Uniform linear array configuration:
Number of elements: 64
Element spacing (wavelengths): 0.25
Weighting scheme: kaiser
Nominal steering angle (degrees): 30
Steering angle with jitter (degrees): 29.571
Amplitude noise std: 0.05
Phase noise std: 0.05

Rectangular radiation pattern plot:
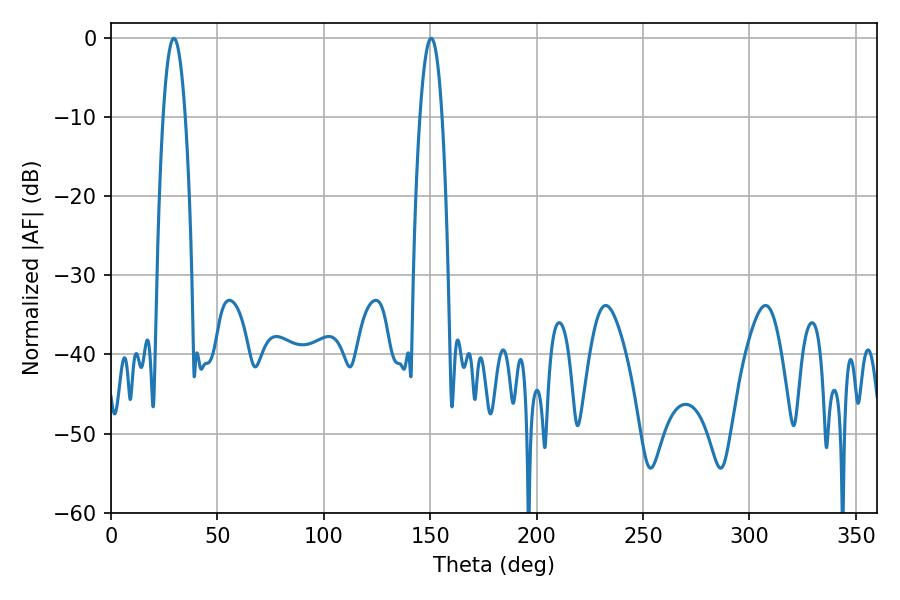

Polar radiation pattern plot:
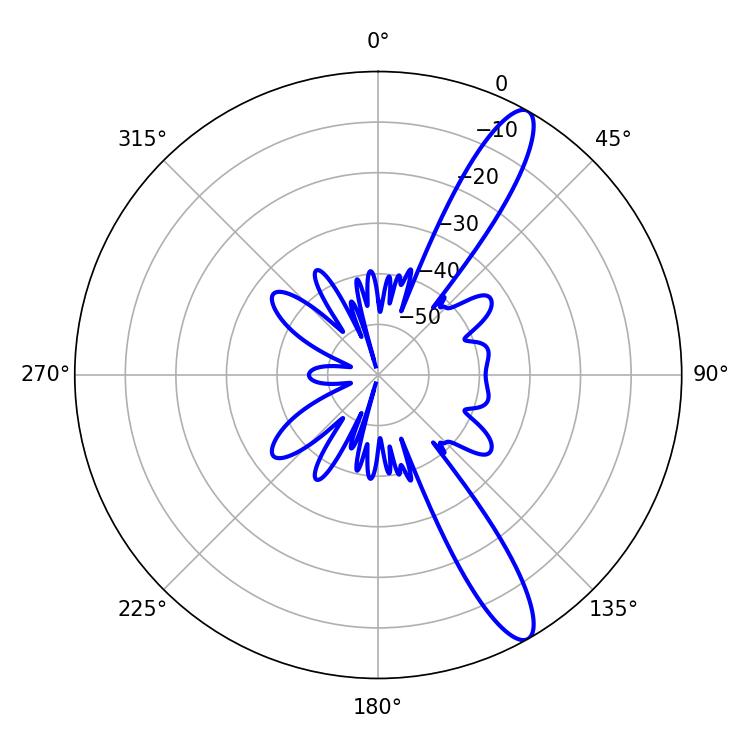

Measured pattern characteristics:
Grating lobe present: FALSE
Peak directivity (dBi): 12.723
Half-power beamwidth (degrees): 5.76
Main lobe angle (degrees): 29.52